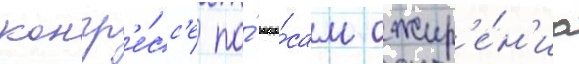
конгр'е́сс'е по́ вопро́сам ожир'е́н'иа